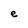
Character: e